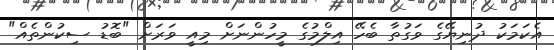
އެކަަމަކު ދުނިޔޭގެ ވަގުތާ ބެހޭ އިލްމުގެ މީހުންނަށް މިއީ ވަރަށް "ބޮޑު ސިކުުންތެއް"